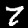
Digit: 7